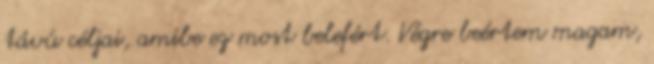
távú céljai, amibe ez most belefért. Végre beértem magam,